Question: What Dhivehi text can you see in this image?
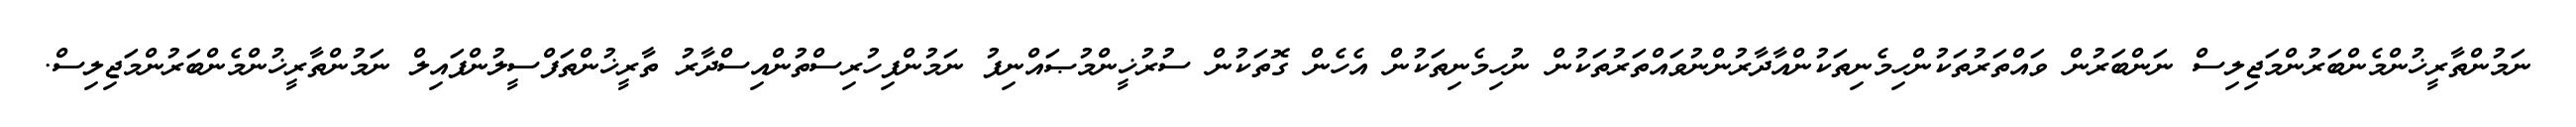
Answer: ނަމުންތާރީޚުންމެންބަރުންމަޖިލިސް ނަންބަރުން ވައްތަރުތަކުންހިމެނިތަކުންއާދާރުންނުވައްތަރުތަކުން ނުހިމެނިތަކުން އެހެން ގޮތަކުން ސުރުޚީންމުޞައްނިފު ނަމުންފިހުރިސްތުންއިސްދާރު ތާރީޚުންތަފްސީލުންފައިލް ނަމުންތާރީޚުންމެންބަރުންމަޖިލިސް.